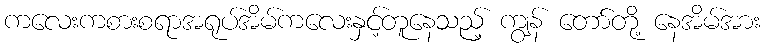
ကလေးကစားစရာအရုပ်အိမ်ကလေးနှင့်တူနေသည့် ကျွန် တော်တို့ နေအိမ်အား